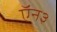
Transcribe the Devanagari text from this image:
ऍन३